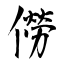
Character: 僗